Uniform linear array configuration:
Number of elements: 16
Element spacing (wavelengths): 1
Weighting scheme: cosine
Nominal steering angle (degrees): -30
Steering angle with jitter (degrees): -28.577
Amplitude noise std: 0.05
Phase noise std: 0.05

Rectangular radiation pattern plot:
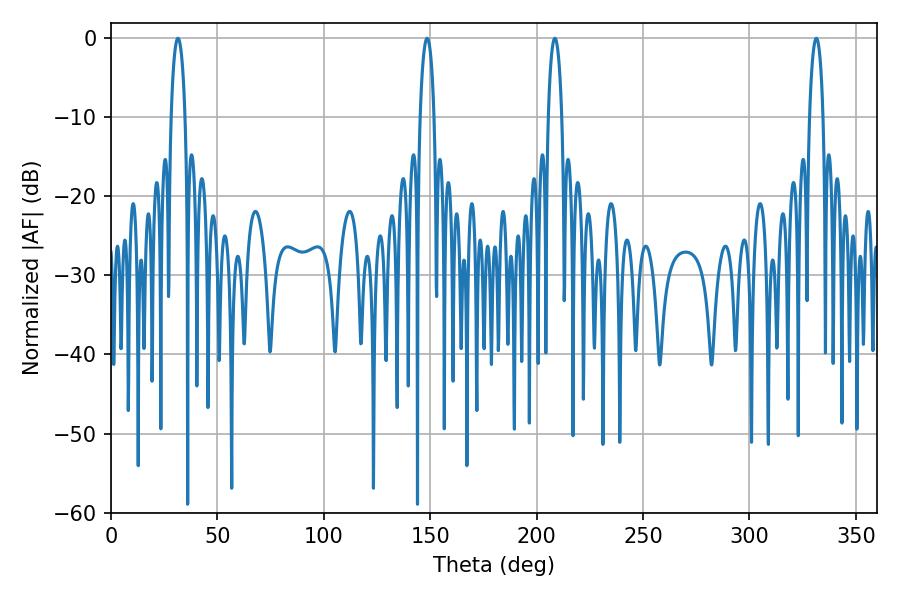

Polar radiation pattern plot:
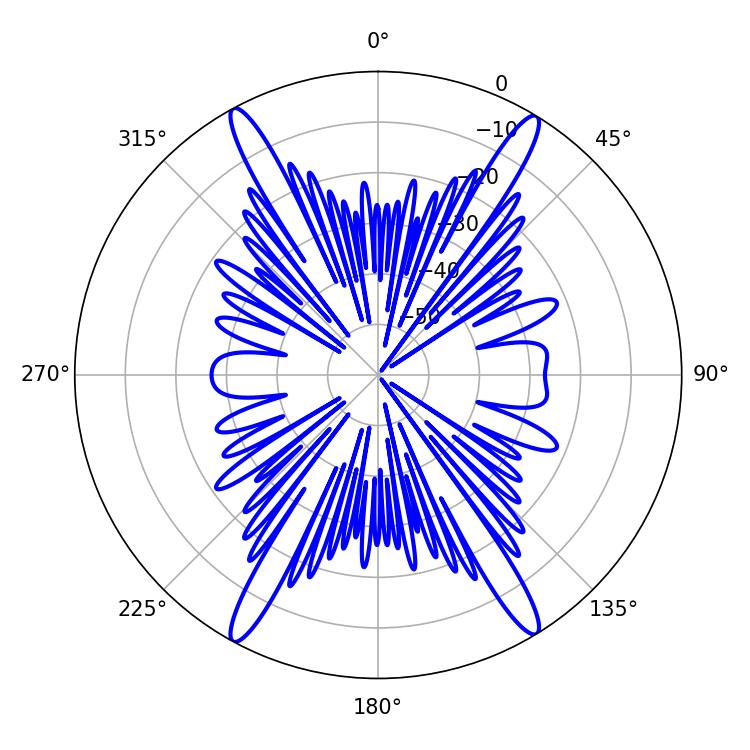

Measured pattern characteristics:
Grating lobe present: TRUE
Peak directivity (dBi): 23.507
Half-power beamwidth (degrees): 3.6
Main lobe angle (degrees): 31.5